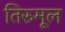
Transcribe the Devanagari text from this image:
तिरुमूल